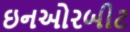
ઇનઓરબીટ